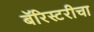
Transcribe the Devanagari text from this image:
बॅरिस्टरीचा